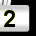
Digit: 2